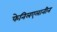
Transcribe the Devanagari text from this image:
फेनिलएलानीन